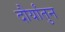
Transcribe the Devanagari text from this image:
दौर्यांतुन